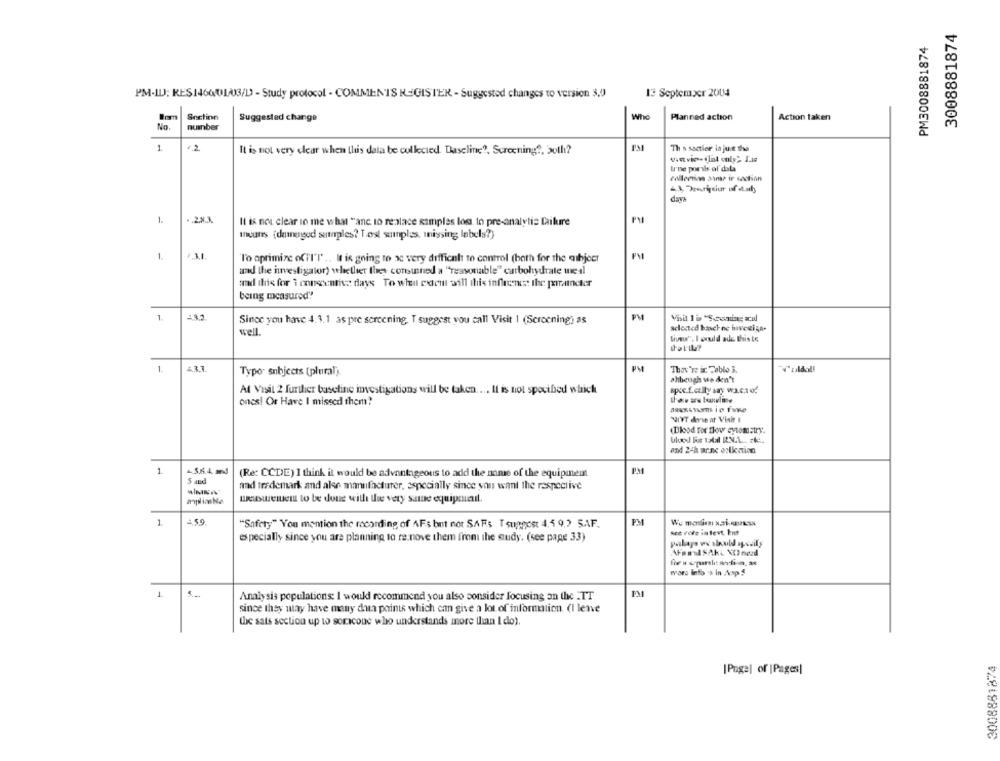
3008881874
PM3008881874
13 September 2004
PM-ILJ; RES146001/03/D - Study protocol - COMMENTS REGISTER - Suggested changes to version 3,0
Snctinn
Who
Suggested change
Planned action
Action taken
No
number
1
It is not very clear when this data be collected Daseline ?, Screening ?, both?
Th's sectler in jure the
VARvi. ilit only> LA
Irne porvis ol dala
collection aime ir section
daya
1.
Il is not clear io me what "ane to replace samples los. Io pre-analytic failure
muuns (danegod samples? Tost simples, missing labels?)
. ..
l'o aprimize ofil"l' .. It is going to ac very difficult to control (both for the ashjeer
FM
and the investigator) whether they combined a "reasonable" carbohydrate wie al
mad this for i morseentive days To whea coem will this influence: the prancker
being measured!
1.
Since you have 4.1.1 as pre screening. T suggest you call Visit 1 (Screening) as
PM
well
tiveu", I could ade this te
1.
Typo subjects (plural)
PM
Thov're ir Tablo 3.
V"zualdo !!
ahbengh ve den't
Al Visit 2 further baseline investigations will be taken .... It is not specified which
apoc.f.etlly say wa.caof
ones! Or Have I missed them?
WYT derse at Vinhe I
Blood for flow cytometry.
and 24h arax oslication
1
-5.6.4. md
(Re: CCDE) I think it would be advantageous to add the name of the equipment
and trademark and alse manufacturer, especially since you want the respective
wesweinem to be done with the very same equipmail.
1
"Safety" You mention the recording of AFs but not SARs T suggest 4,4 9,2 SAF.
PM
Ace Pole ia levt, kut
especially since you are planning to re.nove them from the study. (see page 33)
AFam SARL NOonezd
wars into 's in Aop#
1
.
PM
Analysis populations: I would recommend you also consider focusing on the .TT
since they may have many data points which can give a lot of information. (I lene
the sats section up to socicone who understands more than I do).
3008881874
[Page] of |Pages|